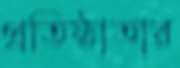
প্রতিষ্ঠাতার